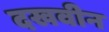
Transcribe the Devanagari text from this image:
दखवीन